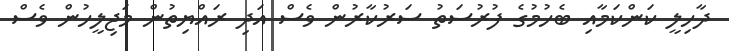
ދާހިލީ ކަންކަމާއި ބެހުމުގެ ފުރުސަތު ސަރުކާރުން ވެސް އަދި ރައްޔިތުން މަޖިލީހުން ވެސް